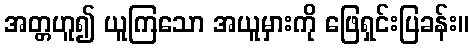
အတ္တဟူ၍ ယူကြသော အယူမှားကို ဖြေရှင်းပြခန်း။